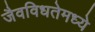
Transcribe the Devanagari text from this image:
जैवविधतेमध्ये